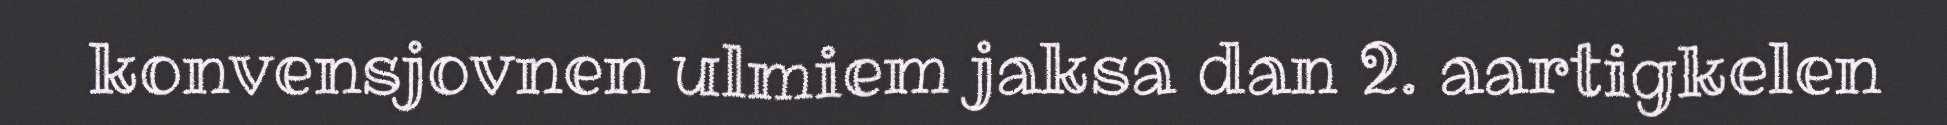
konvensjovnen ulmiem jaksa dan 2. aartigkelen